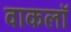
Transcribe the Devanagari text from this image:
वाकलॉ